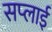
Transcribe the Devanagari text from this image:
सप्‍लाई